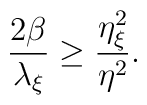
\frac{2\beta}{\lambda_{\xi}}\geq\frac{\eta^{2}_{\xi}}{\eta^{2}}.